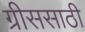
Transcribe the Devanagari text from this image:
ग्रीससाठी